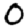
Digit: 0